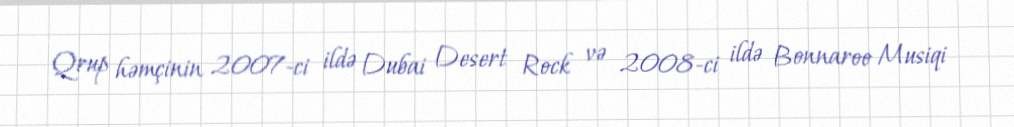
Qrup həmçinin 2007-ci ildə Dubai Desert Rock və 2008-ci ildə Bonnaroo Musiqi